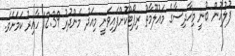
ފުލުހުން ބުނީ މިހާދިސާގެ މައުލޫމާތު ރިޕޯޓްކޮށްފައިވަނީ މިއަދު މެންދުރު 12:39 ހާއިރު ކަމަށެވެ.